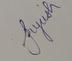
Signature authenticity: genuine